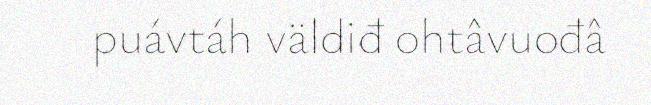
puávtáh väldiđ ohtâvuođâ